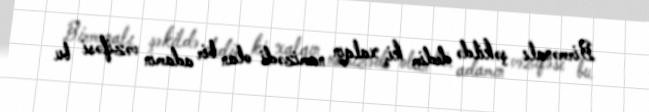
Birmənalı şəkildə dedim ki, xalqın namizədi olan bir adamın vəzifəsi bu